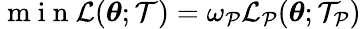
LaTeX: \mathrm{~m~i~n~}\mathcal{L}(\boldsymbol{\theta};\mathcal{T})=\omega_{\mathcal{P}}\mathcal{L}_{\mathcal{P}}(\boldsymbol{\theta};\mathcal{T}_{\mathcal{P}})